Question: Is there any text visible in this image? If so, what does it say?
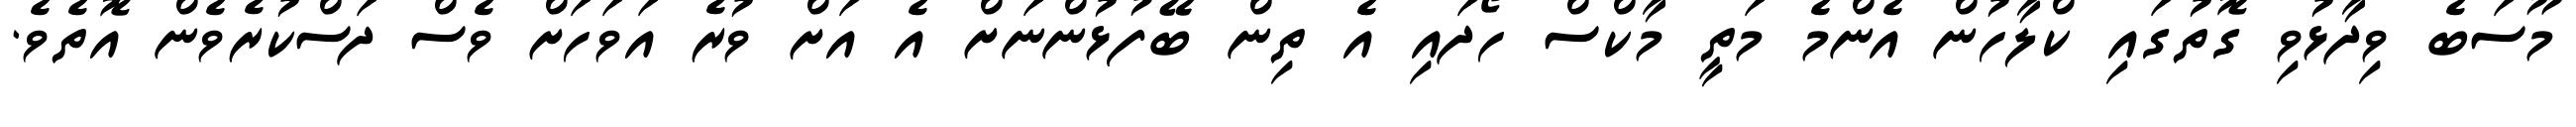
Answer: މޫސަބެ ވިދާޅުވި ގޮތުގައި ކްލާހުން އެންމެ މަތީ މާކްސް ހޯދައި އެ ތިން ބޭފުޅުންނަށް އެ އަށް ވުރެ އަވަހަށް ވެސް ދަސްކުރެވެން އޮތެވެ.